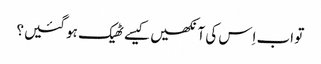
‏ تو اب اِس کی آنکھیں کیسے ٹھیک ہو گئیں؟